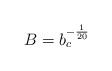
LaTeX: \begin{align*}B=b_c^{-\frac{1}{20}}\end{align*}